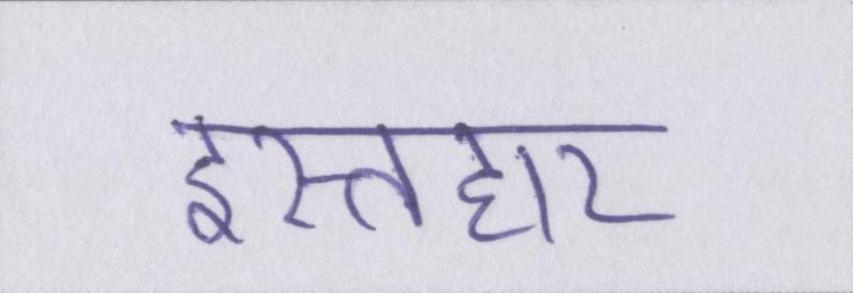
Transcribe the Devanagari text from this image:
इस्तहार